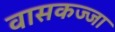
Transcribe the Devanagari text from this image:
वासकज्जा